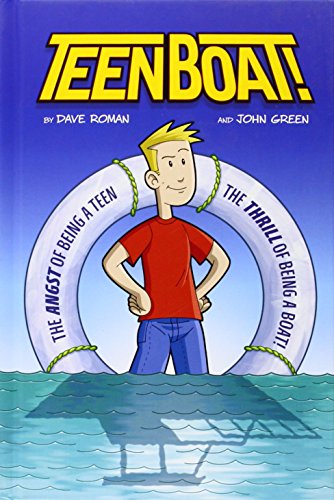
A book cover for Teen Boat!; Dave Roman; Children's Books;